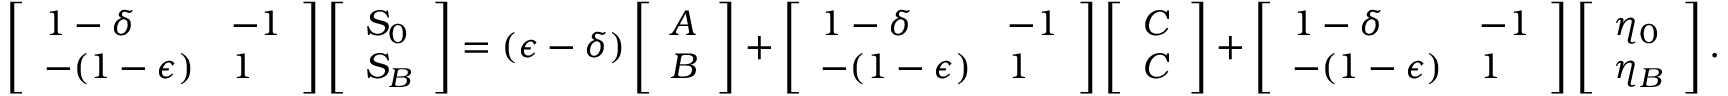
\left[ \begin{array} { l l } { 1 - \delta } & { - 1 } \\ { - ( 1 - \epsilon ) } & { 1 } \end{array} \right] \left[ \begin{array} { l } { S _ { 0 } } \\ { S _ { B } } \end{array} \right] = ( \epsilon - \delta ) \left[ \begin{array} { l } { A } \\ { B } \end{array} \right] + \left[ \begin{array} { l l } { 1 - \delta } & { - 1 } \\ { - ( 1 - \epsilon ) } & { 1 } \end{array} \right] \left[ \begin{array} { l } { C } \\ { C } \end{array} \right] + \left[ \begin{array} { l l } { 1 - \delta } & { - 1 } \\ { - ( 1 - \epsilon ) } & { 1 } \end{array} \right] \left[ \begin{array} { l } { \eta _ { 0 } } \\ { \eta _ { B } } \end{array} \right] .